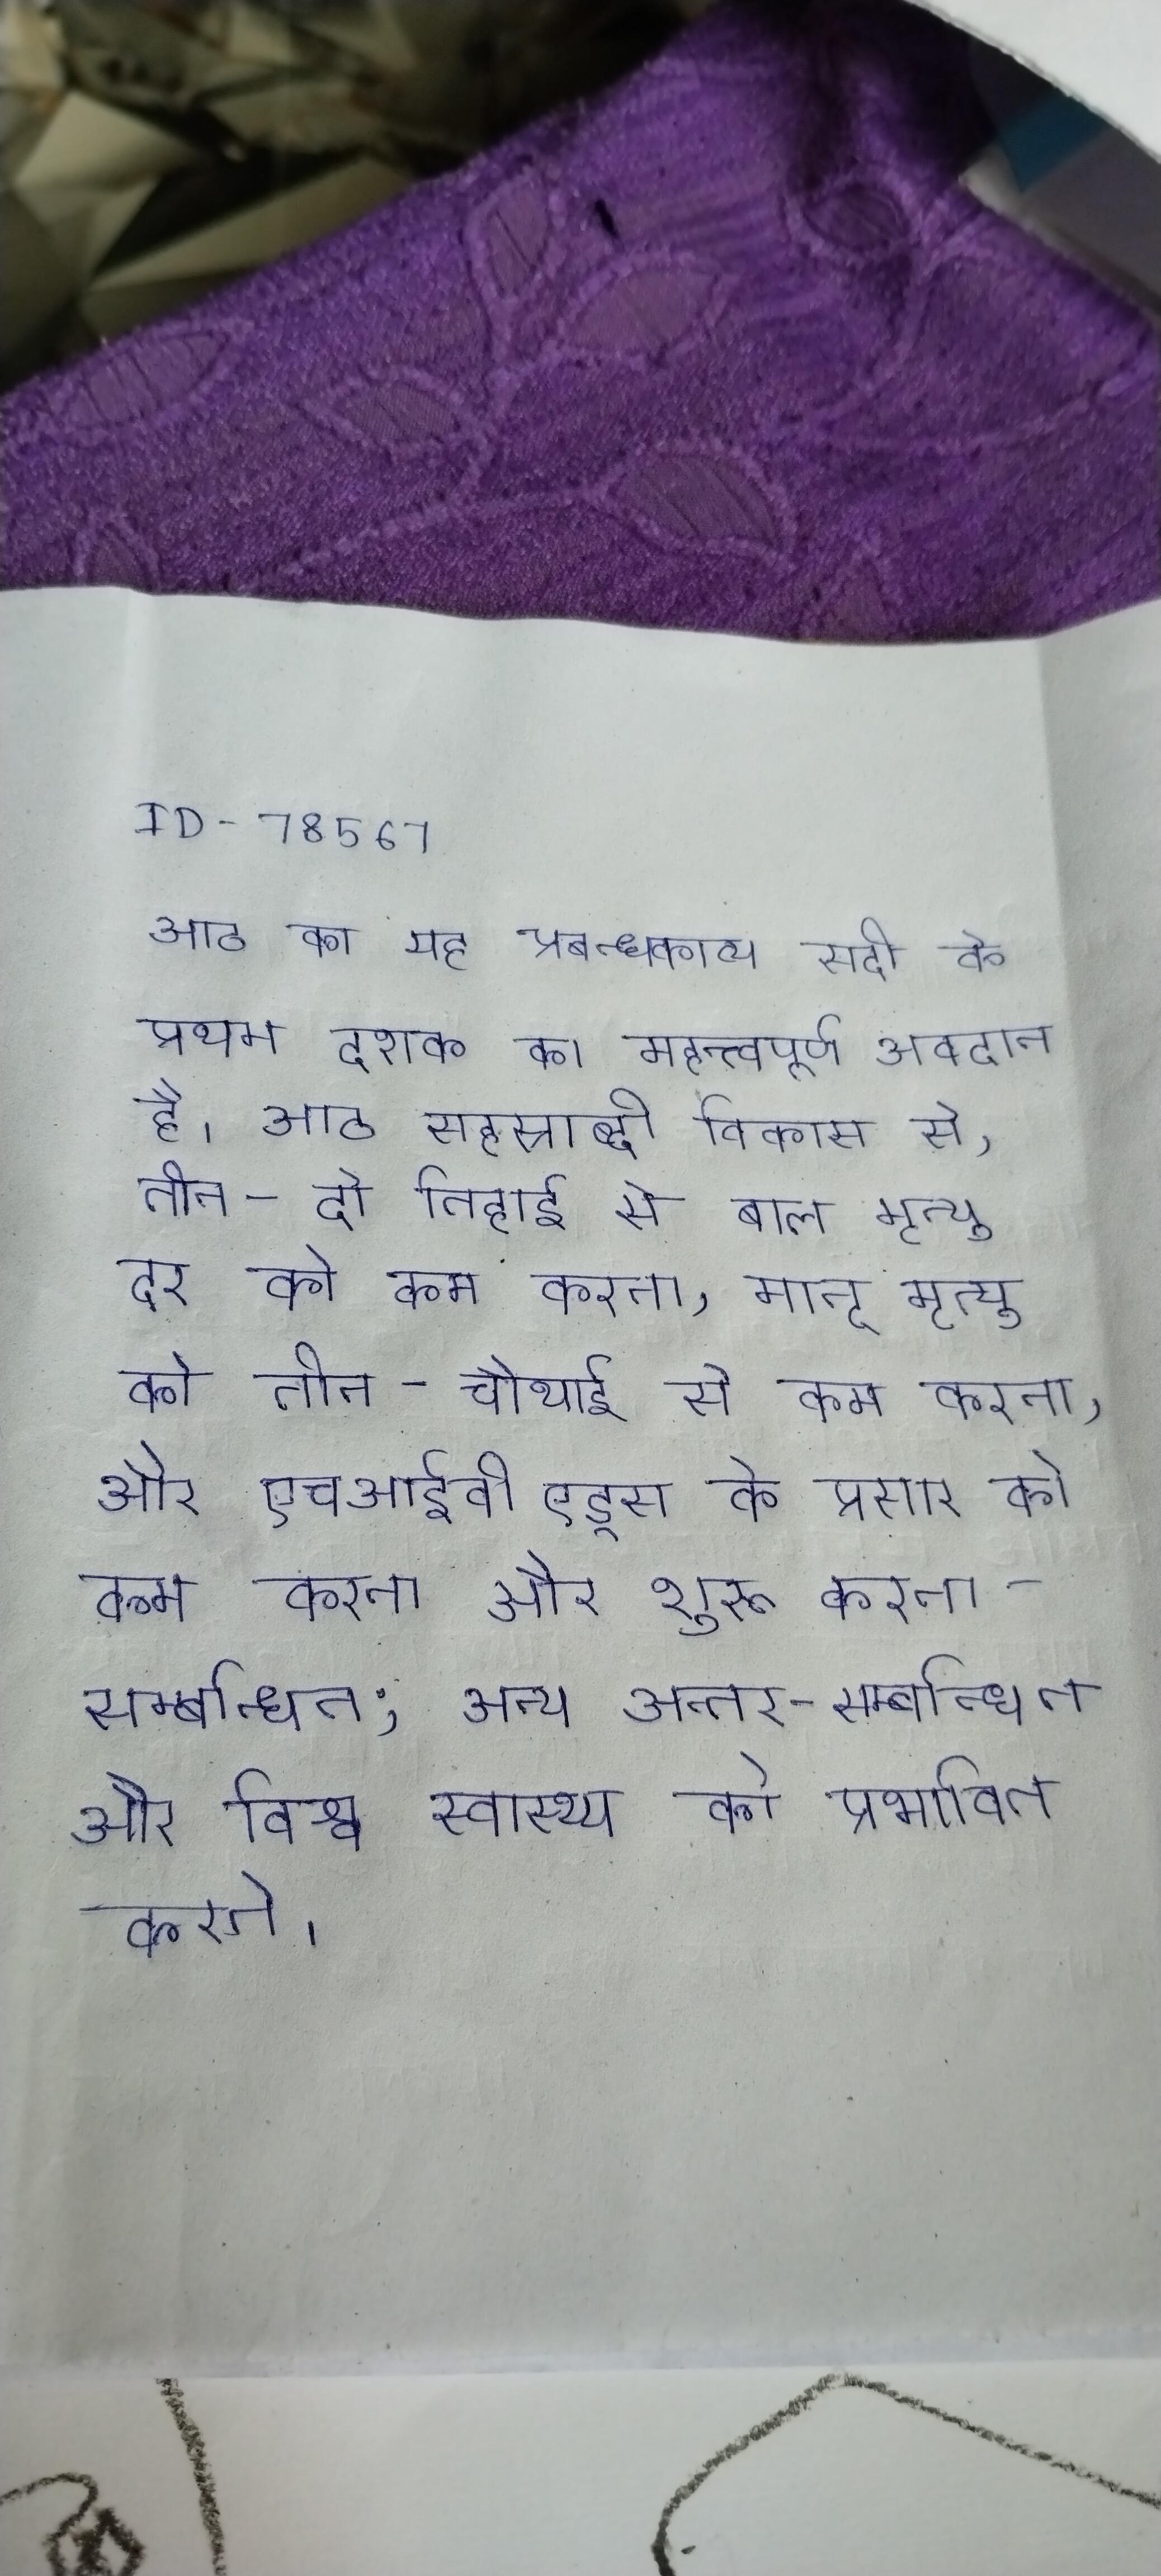
आठ का यह प्रबन्धकाव्य सदी के प्रथम दशक का महत्त्वपूर्ण अवदान है । आठ सहस्राब्दी विकास से, तीन - दो तिहाई से बाल मृत्यु दर को कम करना, मातृ मृत्यु को तीन-चौथाई से कम करना, और एचआईवी एड्स के प्रसार को कम करना और शुरू करना - सम्बन्धित; अन्य अन्तर-सम्बन्धित और विश्व स्वास्थ्य को प्रभावित करते ।